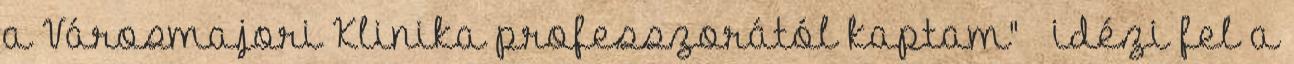
a Városmajori Klinika professzorától kaptam" – idézi fel a